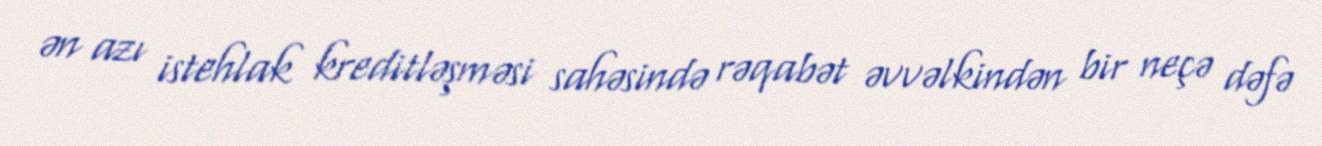
ən azı istehlak kreditləşməsi sahəsində rəqabət əvvəlkindən bir neçə dəfə